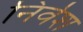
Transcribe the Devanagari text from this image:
निर्वश